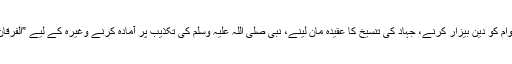
اِسی طرح تکثیر محاذ ہی کا تسلسل وہ پالیسی ہے جو امریکہ نے مسلم عوام کو دین بیزار کرنے، جہاد کی تنسیخ کا عقیدہ مان لینے، نبی صلی اللہ علیہ وسلم کی تکذیب پر آمادہ کرنے وغیرہ کے لیے ”الفرقان الحق“ کے نام سے عربی اور انگریزی میں شائع کرکے، برپا کی ہے۔